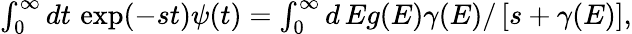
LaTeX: \begin{array}{r}{\int_{0}^{\infty}dt\, \exp(-st)\psi(t)=\int_{0}^{\infty}d\, Eg(E)\gamma(E)/\left[s+\gamma(E)\right],}\end{array}